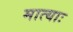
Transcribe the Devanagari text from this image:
मात्याः